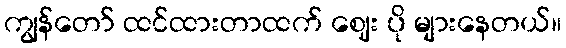
ကျွန်တော် ထင်ထားတာထက် ဈေး ပို များနေတယ်။